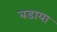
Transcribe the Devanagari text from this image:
बडाया